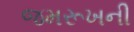
જમરૂખની